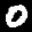
Label: 0